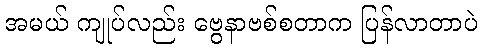
အမယ် ကျုပ်လည်း ဗွေနာဗစ်စတာက ပြန်လာတာပဲ